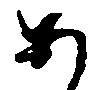
あ